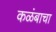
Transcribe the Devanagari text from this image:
कळंबाचा